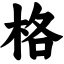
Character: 格